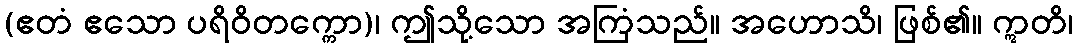
(ဧတံ ဧသော ပရိဝိတက္ကော)၊ ဤသို့သော အကြံသည်။ အဟောသိ၊ ဖြစ်၏။ ဣတိ၊